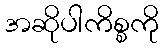
အဆိုပါကိစ္စကို